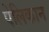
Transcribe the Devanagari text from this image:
पेलिकान